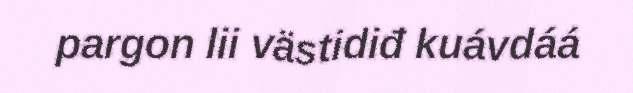
pargon lii västidiđ kuávdáá